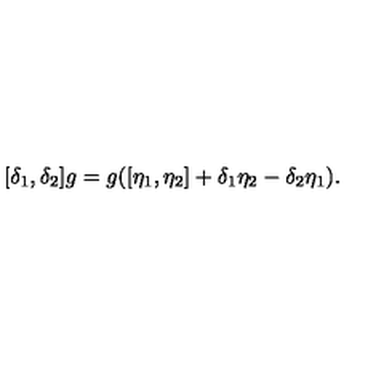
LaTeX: [ \delta _ { 1 } , \delta _ { 2 } ] g = g ( [ \eta _ { 1 } , \eta _ { 2 } ] + \delta _ { 1 } \eta _ { 2 } - \delta _ { 2 } \eta _ { 1 } ) .